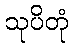
သုပိတုံ